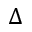
\Delta